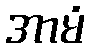
အာမံ